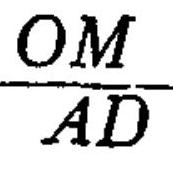
\frac{OM}{AD}